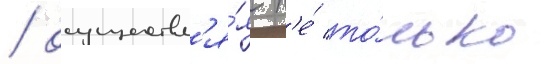
/ осуществл'я́я н'е́ то́лько